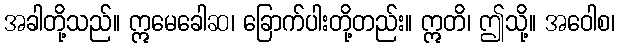
အခါတို့သည်။ ဣမေခေါဆ၊ ခြောက်ပါးတို့တည်း။ ဣတိ၊ ဤသို့။ အဝေါစ၊